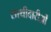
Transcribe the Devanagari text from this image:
साथीदारीओं